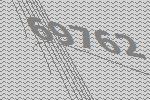
69762